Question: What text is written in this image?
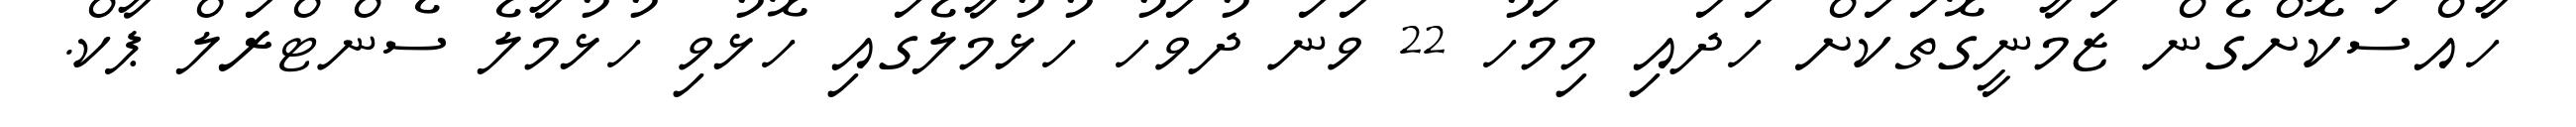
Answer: ހާއްސަކޮށްގެން ޒަމާނީގޮތަކަށް ހަދައި މިމަހު 22 ވަނަ ދުވަހު ހުޅުމާލެގައި ހޮޅުވި ހުޅުމާލެ ސެންޓްރަލް ޕާކް.